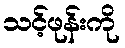
သင့်ဖုန်းကို